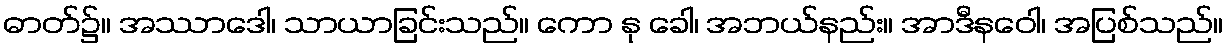
ဓာတ်၌။ အဿာဒေါ၊ သာယာခြင်းသည်။ ကော နု ခေါ၊ အဘယ်နည်း။ အာဒီနဝေါ၊ အပြစ်သည်။